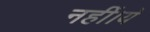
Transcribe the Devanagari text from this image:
नहीं।ये